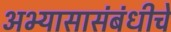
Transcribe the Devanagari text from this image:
अभ्यासासंबंधीचे